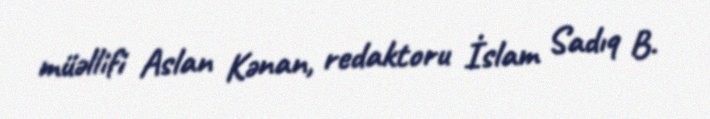
müəllifi Aslan Kənan, redaktoru İslam Sadıq B.